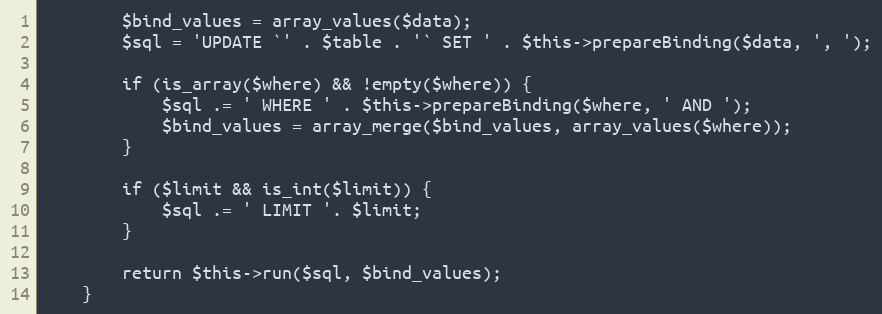
Language: PHP
        $bind_values = array_values($data);
        $sql = 'UPDATE `' . $table . '` SET ' . $this->prepareBinding($data, ', ');

        if (is_array($where) && !empty($where)) {
            $sql .= ' WHERE ' . $this->prepareBinding($where, ' AND ');
            $bind_values = array_merge($bind_values, array_values($where));
        }

        if ($limit && is_int($limit)) {
            $sql .= ' LIMIT '. $limit;
        }

        return $this->run($sql, $bind_values);
    }